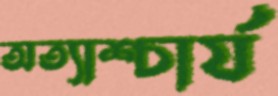
অত্যাশ্চার্য